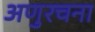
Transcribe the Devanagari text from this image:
अणुरचना